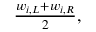
\begin{array} { r } { \frac { w _ { i , L } + w _ { i , R } } { 2 } , } \end{array}